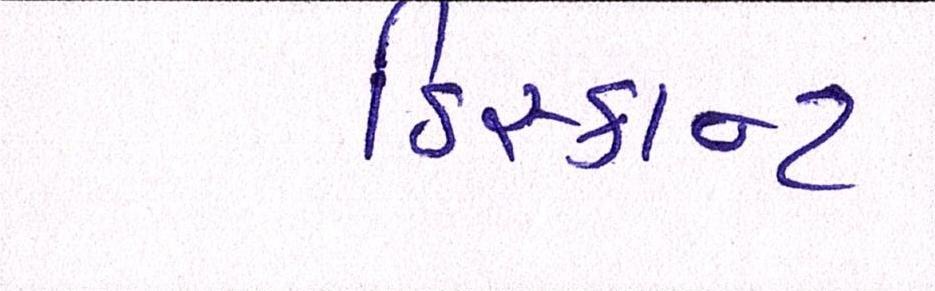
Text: ડિસ્કાન્ટ